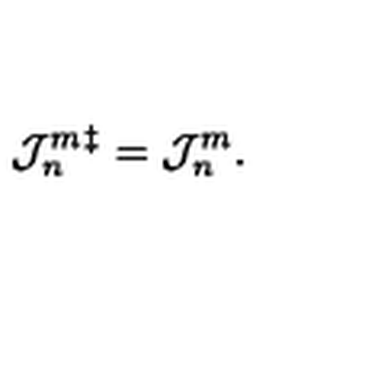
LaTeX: { \cal J } _ { n } ^ { m } { } ^ { \ddag } = { \cal J } _ { n } ^ { m } .